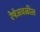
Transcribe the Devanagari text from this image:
रेषेजवळील